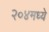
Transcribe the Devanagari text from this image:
२०४मध्ये